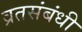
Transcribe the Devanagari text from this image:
व्रतसंबंधी